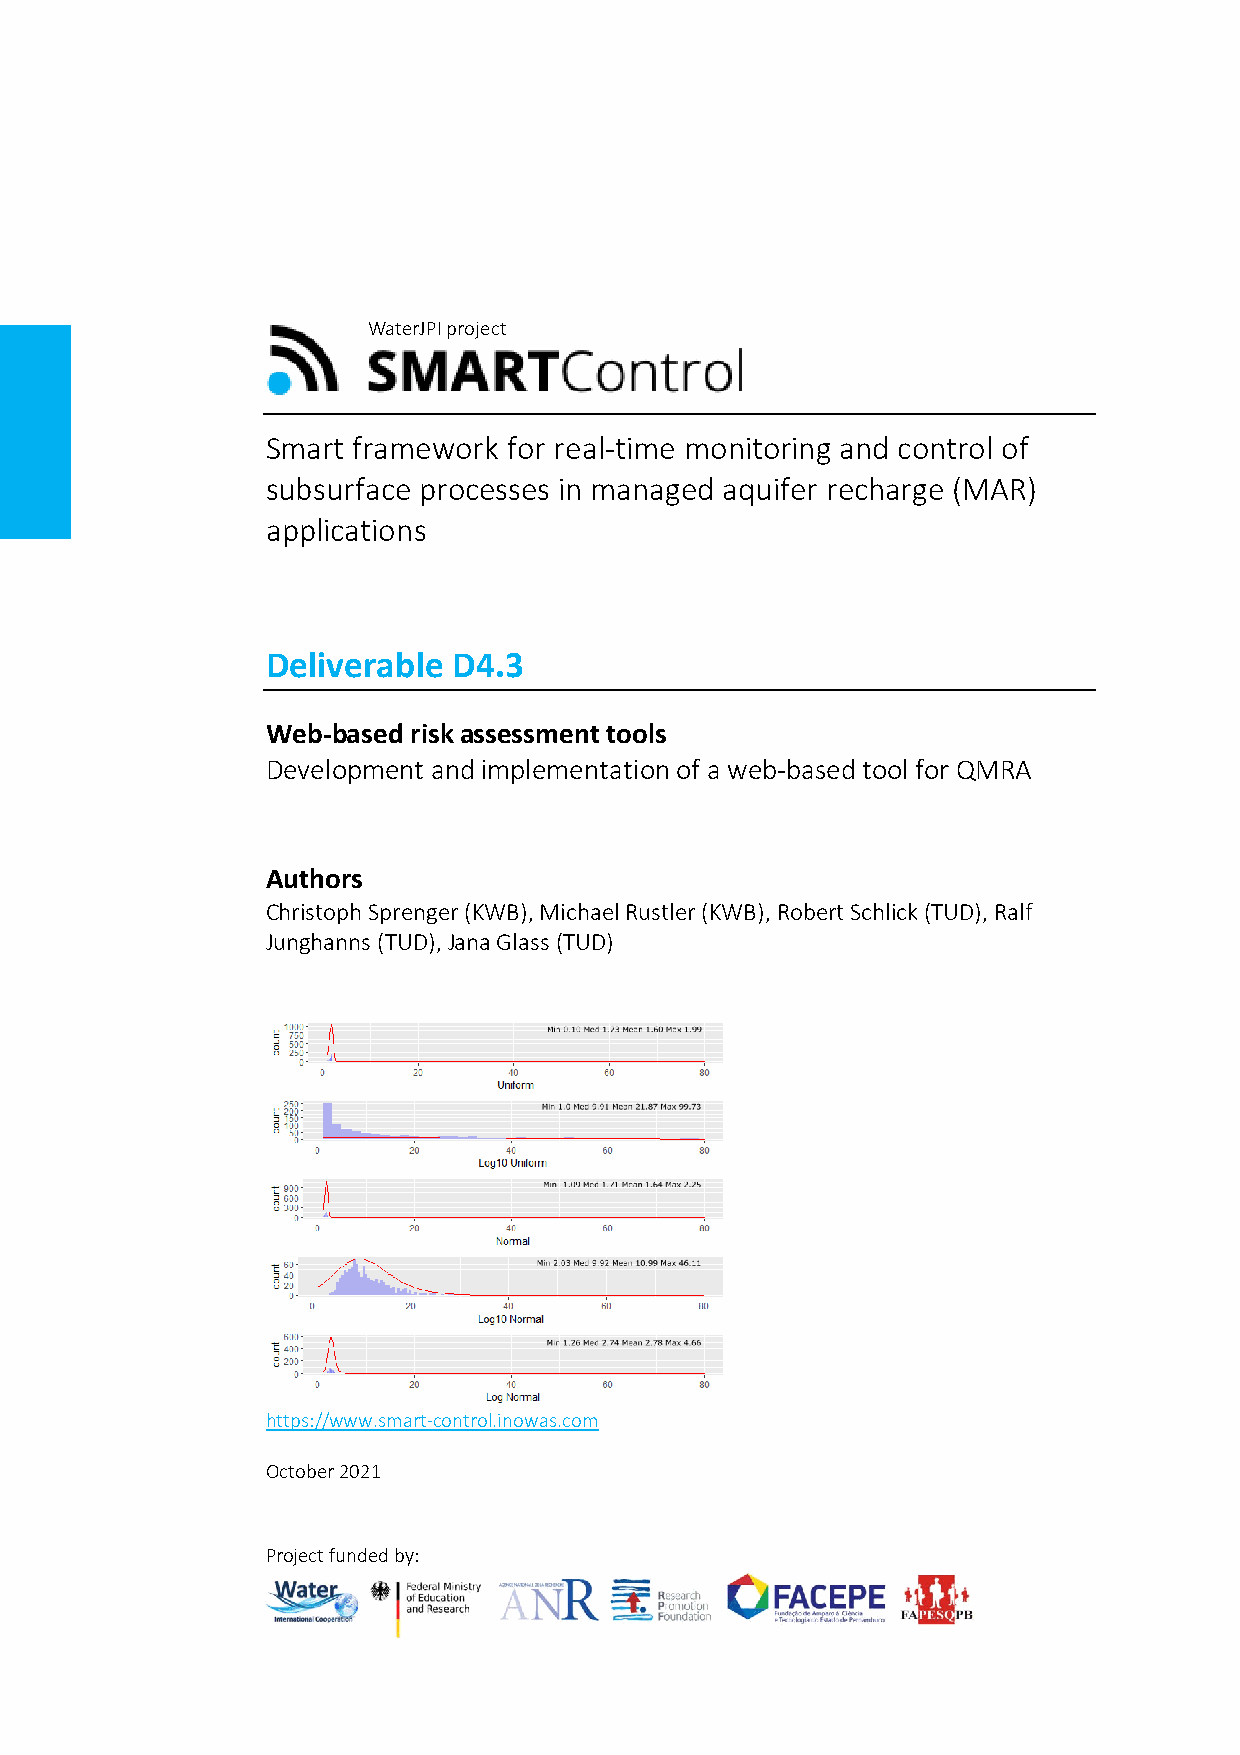
WaterJPI project
 Smart framework for real-time monitoring and control of
 subsurface processes in managed aquifer recharge (MAR)
 applications
 Deliverable D4.3
 Web-based risk assessment tools
 Development and implementation of a web-based tool for QMRA
 Authors
 Christoph Sprenger (KWB), Michael Rustler (KWB), Robert Schlick (TUD), Ralf
 Junghanns (TUD), Jana Glass (TUD)
 https://www.smart-control.inowas.com
 October 2021
 Project funded by: